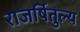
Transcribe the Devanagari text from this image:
राजर्षितुल्य